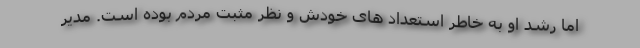
اما رشد او به خاطر استعداد های خودش و نظر مثبت مردم بوده است. مدیر